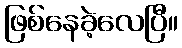
ဖြစ်နေခဲ့လေပြီ။